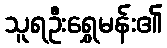
သူရဦးရွှေမန်း၏